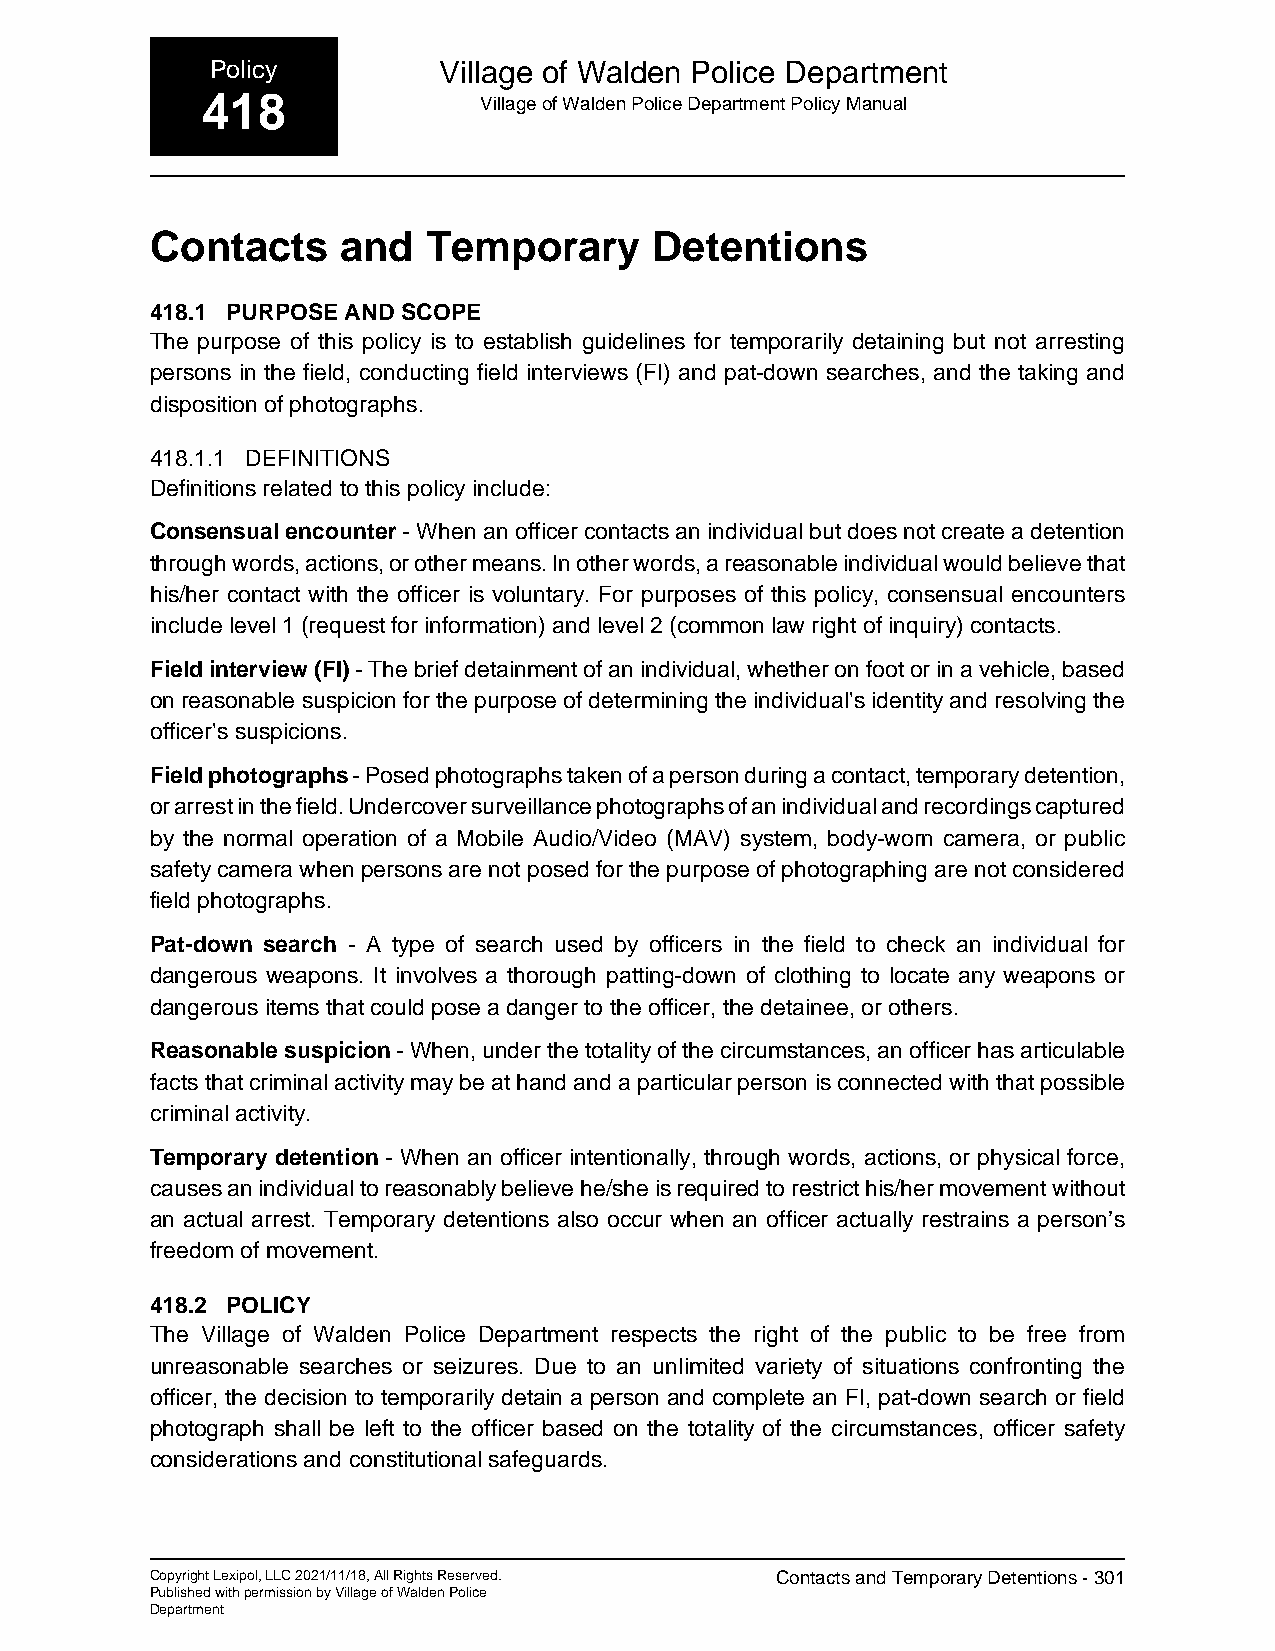
Policy         Village of Walden Police Department
 418                Village of Walden Police Department Policy Manual
 Contacts    and   Temporary      Detentions
 418.1 PURPOSE AND SCOPE
 The purpose of this policy is to establish guidelines for temporarily detaining but not arresting
 persons in the field, conducting field interviews (FI) and pat-down searches, and the taking and
 disposition of photographs.
 418.1.1 DEFINITIONS
 Definitions related to this policy include:
 Consensual encounter - When an officer contacts an individual but does not create a detention
 through words, actions, or other means. In other words, a reasonable individual would believe that
 his/her contact with the officer is voluntary. For purposes of this policy, consensual encounters
 include level 1 (request for information) and level 2 (common law right of inquiry) contacts.
 Field interview (FI) - The brief detainment of an individual, whether on foot or in a vehicle, based
 on reasonable suspicion for the purpose of determining the individual's identity and resolving the
 officer's suspicions.
 Field photographs - Posed photographs taken of a person during a contact, temporary detention,
 or arrest in the field. Undercover surveillance photographs of an individual and recordings captured
 by the normal operation of a Mobile Audio/Video (MAV) system, body-worn camera, or public
 safety camera when persons are not posed for the purpose of photographing are not considered
 field photographs.
 Pat-down search - A type of search used by officers in the field to check an individual for
 dangerous weapons. It involves a thorough patting-down of clothing to locate any weapons or
 dangerous items that could pose a danger to the officer, the detainee, or others.
 Reasonable suspicion - When, under the totality of the circumstances, an officer has articulable
 facts that criminal activity may be at hand and a particular person is connected with that possible
 criminal activity.
 Temporary detention - When an officer intentionally, through words, actions, or physical force,
 causes an individual to reasonably believe he/she is required to restrict his/her movement without
 an actual arrest. Temporary detentions also occur when an officer actually restrains a person’s
 freedom of movement.
 418.2 POLICY
 The Village of Walden Police Department respects the right of the public to be free from
 unreasonable searches or seizures. Due to an unlimited variety of situations confronting the
 officer, the decision to temporarily detain a person and complete an FI, pat-down search or field
 photograph shall be left to the officer based on the totality of the circumstances, officer safety
 considerations and constitutional safeguards.
 Copyright Lexipol, LLC 2021/11/18, All Rights Reserved. Contacts and Temporary Detentions - 301
 Published with permission by Village of Walden Police
 Department